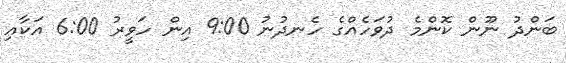
ބަންދު ނޫން ކޮންމެ ދުވަހެއްގެ ހެނދުނު 9:00 އިން ހަވީރު 6:00 އަކާއި